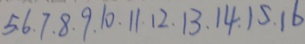
5 . 6 . 7 . 8 . 9 . 1 0 . 1 1 . 1 2 . 1 3 . 1 4 . 1 5 . 1 6